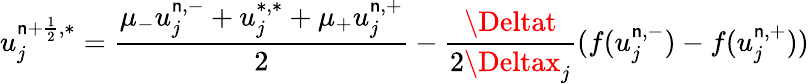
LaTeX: u_{j}^{\mathsf{n}+\frac{{1}}{{2}},\ast}=\frac{{\mu_{-}u_{j}^{\mathsf{n},-}+u_{j}^{*,*}+\mu_{+}u_{j}^{\mathsf{n},+}}}{{2}}-\frac{{\Deltat}}{{2\Deltax_{j}}}(f(u_{j}^{\mathsf{n},-})-f(u_{j}^{\mathsf{n},+}))